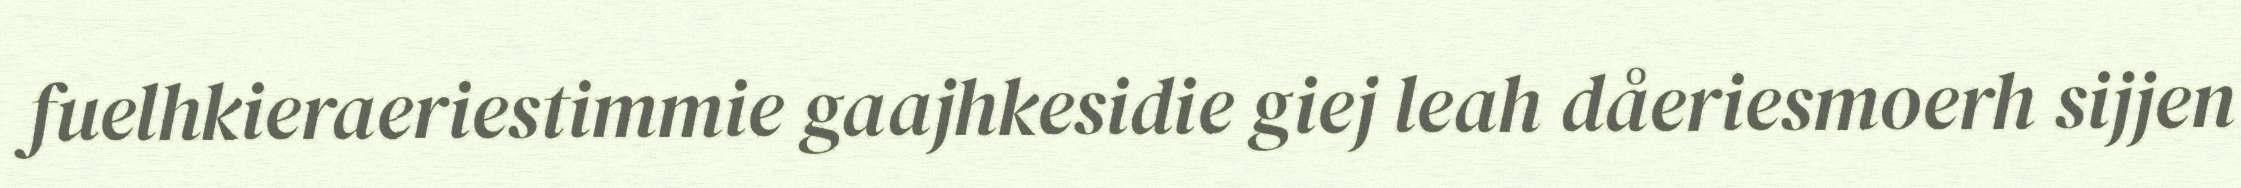
fuelhkieraeriestimmie gaajhkesidie giej leah dåeriesmoerh sijjen